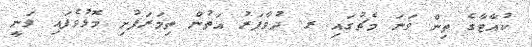
ކުއާޓާގެ ތިން ވަނަ މެޗުގައި ރ. ދުވާފަރު އަތުން ތިމަރަފުށި މޮޅުވެފައި ވަނީ